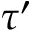
\tau ^ { \prime }